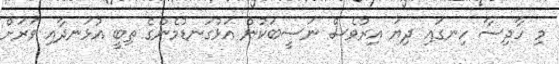
މި ހާދިސާ ހިނގައި ދިޔަ އިރުވެސް ނަސީބަކުން އަޅުގަނޑުމެންގެ ތިބީ އުޅަނދާއި ވަރަށް